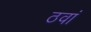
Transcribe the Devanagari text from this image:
ठवां